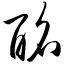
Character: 酩